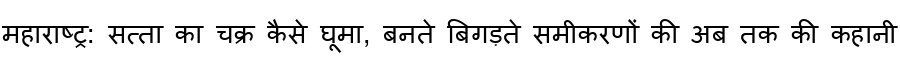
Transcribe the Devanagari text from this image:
महाराष्ट्र: सत्ता का चक्र कैसे घूमा, बनते बिगड़ते समीकरणों की अब तक की कहानी